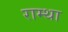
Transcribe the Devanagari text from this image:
राम्था